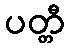
ပတ္တီ